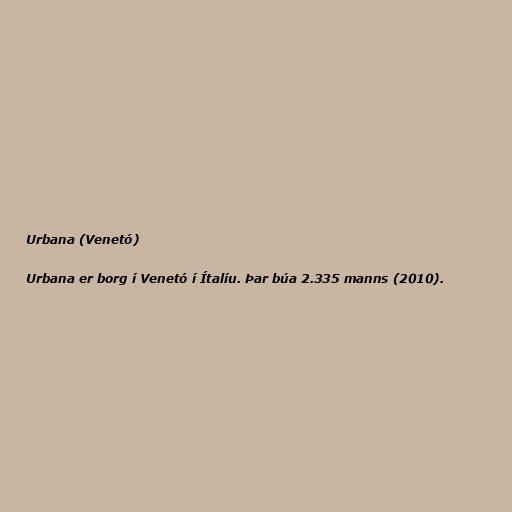
Urbana (Venetó)

Urbana er borg í Venetó í Ítalíu. Þar búa 2.335 manns (2010).